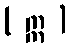
( ဣ )